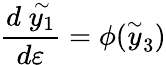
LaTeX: \frac{d\stackrel{\sim}{y_{1}}}{d\varepsilon}=\phi(\stackrel{\sim}{y}_{3})